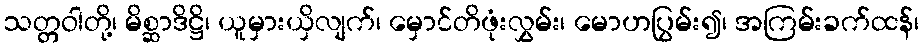
သတ္တဝါတို့၊ မိစ္ဆာဒိဋ္ဌိ၊ ယူမှားယှိလျက်၊ မှောင်တိဖုံးလွှမ်း၊ မောဟပြွမ်း၍၊ အကြမ်းခက်ထန်၊